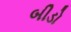
બીડો